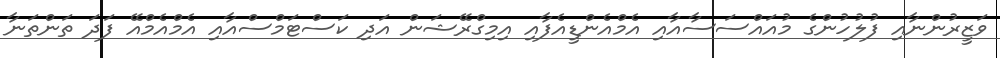
ވަޒީރުންނާއި ފުލުހުންގެ މުއައްސަސާއާއި އެމްއެންޑީއެފާއި އިމިގްރޭޝަން އަދި ކަސްޓަމްސްއާއި އެމްއެމްއޭ ފަދަ ތަންތަނާ